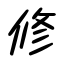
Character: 修